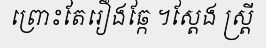
ព្រោះតែរឿងឆ្កែ ។ស្តែង ស្ត្រី